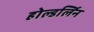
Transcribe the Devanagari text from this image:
होल्डर्लिन